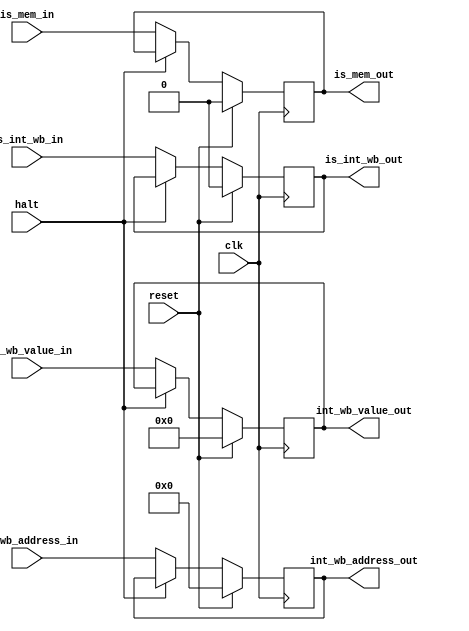
module ma_stage(
				input wire 		  clk,
				input wire 		  reset, 
				input wire 		  halt,
				input wire 		  is_mem_in,
				input wire 		  is_int_wb_in,
				input wire [4:0]  int_wb_address_in,
				input wire [31:0] int_wb_value_in,

				output reg 		  is_mem_out, 
				output reg 		  is_int_wb_out,
				output reg [4:0]  int_wb_address_out,
				output reg [31:0] int_wb_value_out
				);
   
   
   always @(posedge clk) begin
	  if(reset == 1'b1) begin
		 is_mem_out <= 1'b0;
		 is_int_wb_out <= 1'b0;
		 int_wb_address_out <= 5'b0;
		 int_wb_value_out = 32'b0;
	  end
	  else begin
		 if(halt == 1'b0) begin
			is_mem_out <= is_mem_in;
			is_int_wb_out <= is_int_wb_in;
			int_wb_address_out <= int_wb_address_in;
			int_wb_value_out <= int_wb_value_in;
		 end
	  end
   end
			
   


endmodule